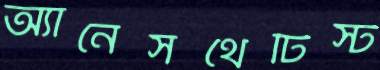
অ্যানেসথেটিস্ট